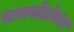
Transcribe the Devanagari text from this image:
सबगोलंकार